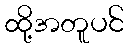
ထို့အတူပင်